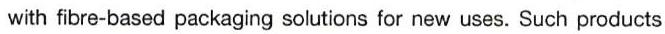
with fibre-based packaging solutions for new uses. Such products